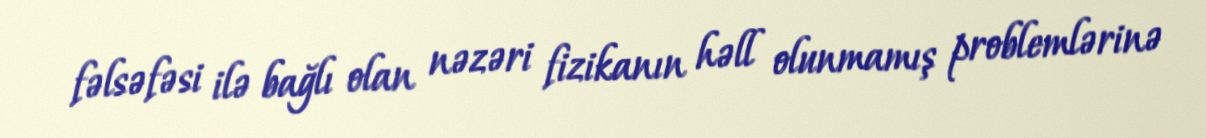
fəlsəfəsi ilə bağlı olan nəzəri fizikanın həll olunmamış problemlərinə